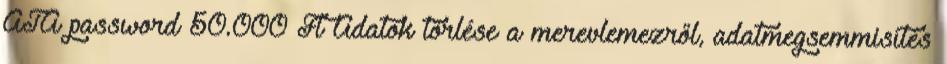
ATA password 50.000 Ft Adatok törlése a merevlemezről, adatmegsemmisítés